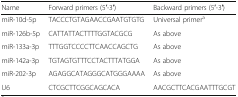
<table><thead><tr><td><b>Name</b></td><td><b>Forward primers (5′-3′)</b></td><td><b>Backward primers (5′-3′)</b></td></tr></thead><tbody><tr><td>miR-10d-5p</td><td>TACCCTGTAGAACCGAATGTGTG</td><td>Universal primer<sup>a</sup></td></tr><tr><td>miR-126b-5p</td><td>CATTATTACTTTTGGTACGCG</td><td>As above</td></tr><tr><td>miR-133a-3p</td><td>TTTGGTCCCCTTCAACCAGCTG</td><td>As above</td></tr><tr><td>miR-142a-3p</td><td>TGTAGTGTTTCCTACTTTATGGA</td><td>As above</td></tr><tr><td>miR-202-3p</td><td>AGAGGCATAGGGCATGGGAAAA</td><td>As above</td></tr><tr><td>U6</td><td>CTCGCTTCGGCAGCACA</td><td>AACGCTTCACGAATTTGCGT</td></tr></tbody></table>